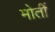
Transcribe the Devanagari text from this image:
मोतीं